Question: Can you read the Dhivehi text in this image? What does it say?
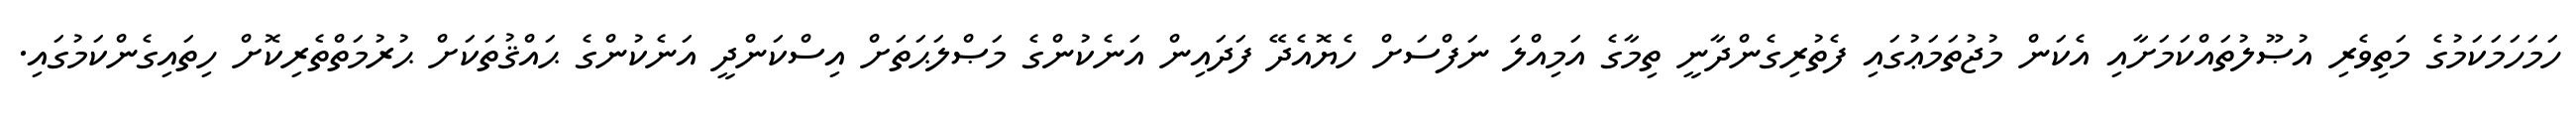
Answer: ހަމަހަމަކަމުގެ މަތިވެރި އުޞޫލުތައްކަމަށާއި އެކަން މުޖުތަމަޢުގައި ފެތުރިގެންދާނީ ތިމާގެ އަމިއްލަ ނަފްސަށް ހެޔޮއެދޭ ފަދައިން އަނެކުންގެ މަޞްލަޙަތަށް އިސްކަންދީ އަނެކުންގެ ޙައްޤުތަކަށް ޙުރުމަތްތެރިކޮށް ހިތައިގެންކަމުގައި.